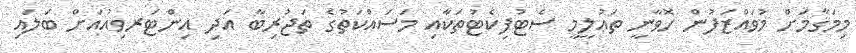
މިމަޤާމަށް މުވައްްޒަފުން ހޮވާނީ ތަޢުލީމީ ސެޓުފިކެޓުތަކާއި މަސައްކަތުގެ ތަޖުރިބާ އަދި އިންޓަރވިއުއަށް ބަލައިި